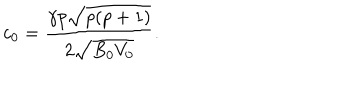
c _ { 0 } = \frac { \gamma p \sqrt { p ( p + 1 ) } } { 2 \sqrt { B _ { 0 } V _ { 0 } } } .